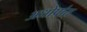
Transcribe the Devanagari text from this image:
अधोप्रांत